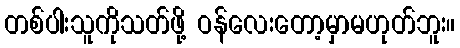
တစ်ပါးသူကိုသတ်ဖို့ ဝန်လေးတော့မှာမဟုတ်ဘူး။